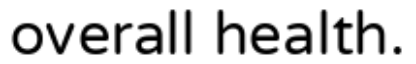
overall health.